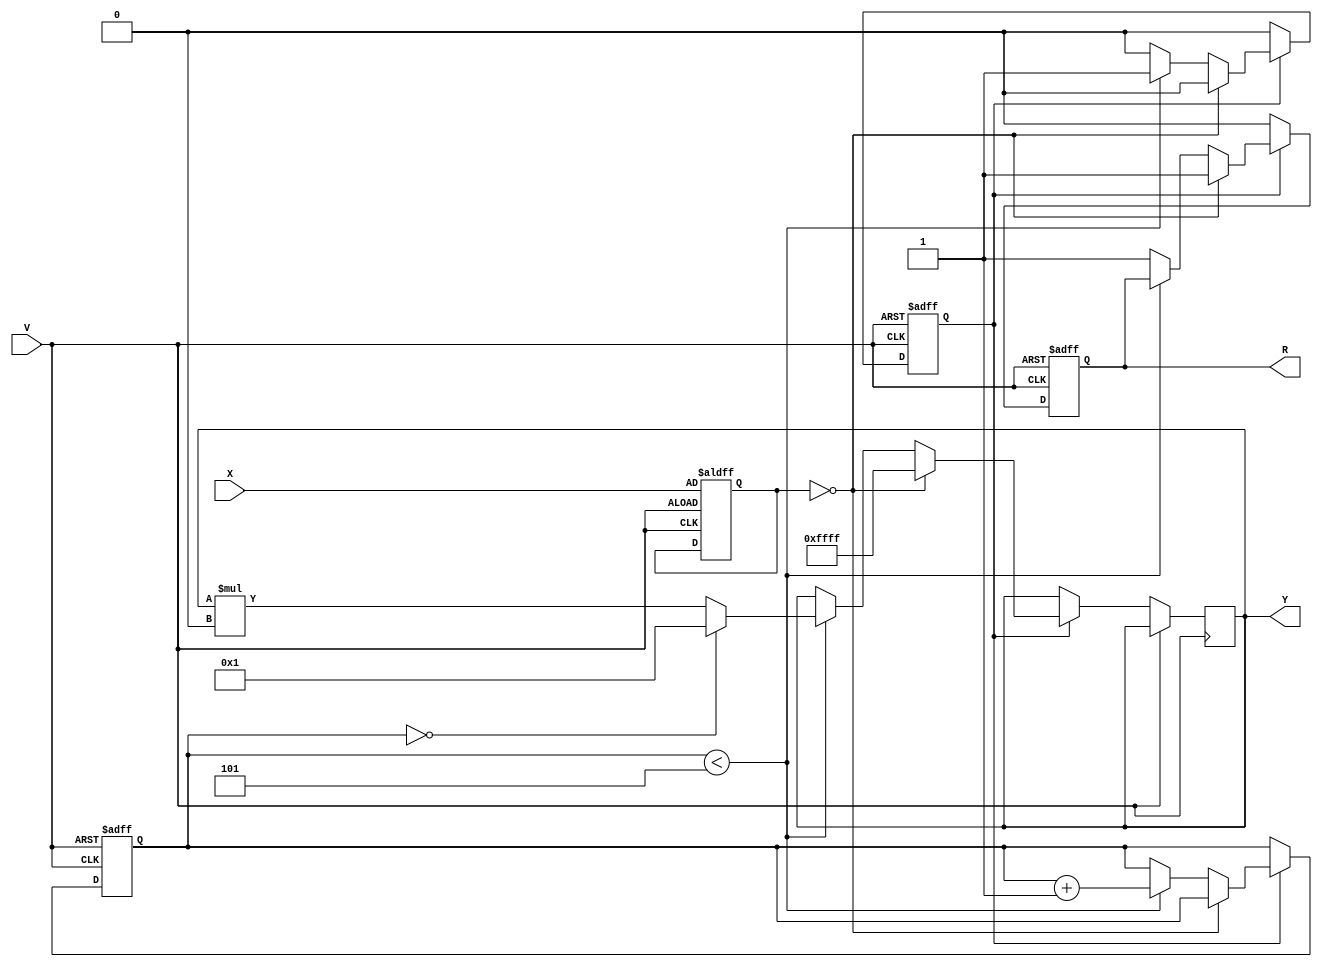
module DirectReciprocalUnit (
    input wire [15:0] X,     // Input Data (16-bit)
    input wire V,            // Valid Signal
    output reg [15:0] Y,     // Reciprocal Output (16-bit)
    output reg R             // Ready Signal
);

    reg [15:0] x_reg;        // Register for input data
    reg [3:0] count;         // Iteration counter
    reg valid;               // Internal valid signal for processing

    // Constants for Newton-Raphson iteration
    parameter [15:0] ONE = 16'h0001; // Fixed point representation of 1.0
    parameter [15:0] MAX_ITER = 4'd5; // Maximum iterations for Newton-Raphson

    always @(posedge V or negedge V) begin
        if (V) begin
            // Latch the input when valid signal is asserted
            x_reg <= X;
            valid <= 1'b1;
            count <= 0;
            R <= 1'b0; // Reset ready signal
        end else if (valid) begin
            // Check for division by zero
            if (x_reg == 16'h0000) begin
                Y <= 16'hFFFF; // Assign a sentinel value for division by zero
                valid <= 1'b0;
                R <= 1'b1; // Signal output is ready
            end else if (count < MAX_ITER) begin
                // Newton-Raphson iteration
                // Initial approximation: 1 / X
                if (count == 0) begin
                    Y <= ONE; // Start with the initial guess of 1
                end else begin
                    // Update the guess using Newton-Raphson formula
                    Y <= Y * (ONE - (x_reg * Y) >> 16); // Y = Y * (1 - X * Y)
                end
                count <= count + 1;
            end else begin
                // Finished iterations
                valid <= 1'b0;
                R <= 1'b1; // Signal output is ready
            end
        end else begin
            R <= 1'b0; // Reset ready signal when not valid
        end
    end

endmodule